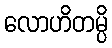
လောဟိတမ္ပိ